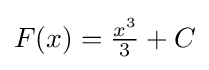
F(x)={\tfrac {x^{3}}{3}}+C